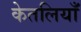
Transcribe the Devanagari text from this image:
केतलियाँ